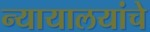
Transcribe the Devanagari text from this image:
न्यायालयांचे